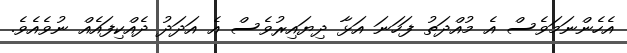
އެހެންނަމަވެސް އެ މުއްދަތު ފަހަނަ އަޅާ ދިޔައިރުވެސް އެ އަދަދު ދެއްކިފައެއް ނުވެއެވެ.